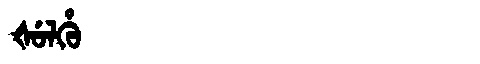
Manchu: ᡧᡠᠯᡥᡠ
Romanization: ŠULHU